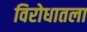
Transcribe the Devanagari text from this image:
विरोधातला